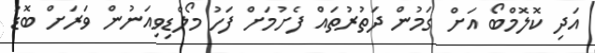
އަދި ކޮލޮމްބޯ އަށް ގަމުން ދަތުރުތައް ފެށުމަށް ފަހު މޯލްޑިވިއަނުން ވަރަށް ބޮޑު